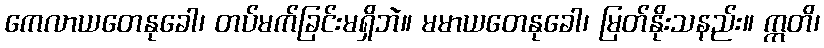
ကေလာယတေနုခေါ၊ တပ်မက်ခြင်းမရှိဘဲ။ မမာယတေနုခေါ၊ မြတ်နိုးသနည်း။ ဣတိ၊